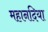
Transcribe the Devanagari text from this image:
महानदिया